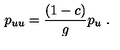
p _ { u u } = { \frac { ( 1 - c ) } { g } } p _ { u } \ .